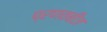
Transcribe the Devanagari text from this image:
प्रणवबीज